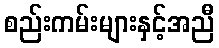
စည်းကမ်းများနှင့်အညီ